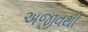
અજીવથી